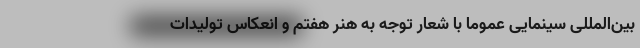
بین‌المللی سینمایی عموما با شعار توجه به هنر هفتم و انعکاس تولیدات